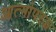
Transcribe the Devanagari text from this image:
आत्मोपरक